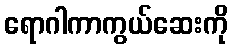
ရောဂါကာကွယ်ဆေးကို